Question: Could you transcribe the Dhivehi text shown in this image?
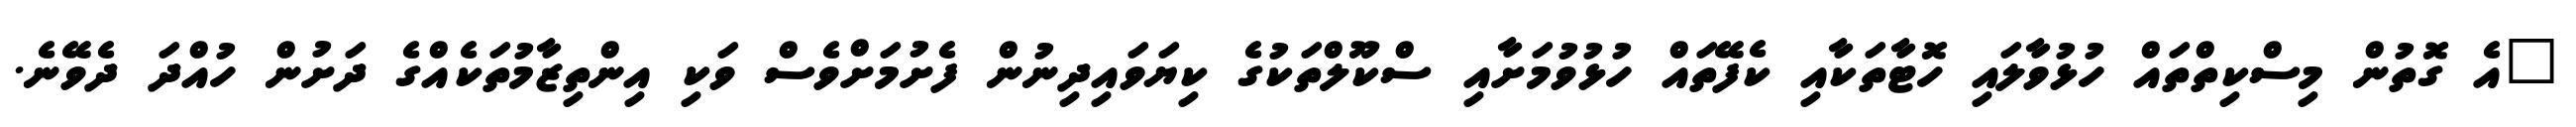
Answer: "އެ ގޮތުން މިސްކިތްތައް ހުޅުވާލައި ހޮޓާތަކާއި ކެފޭތައް ހުޅުވުމަށާއި ސްކޫލްތަކުގެ ކިޔަވައިދިނުން ފެށުމަށްވެސް ވަކި އިންތިޒާމުތަކެއްގެ ދަށުން ހުއްދަ ދެވޭނެ.